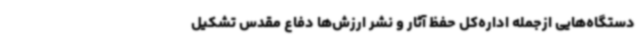
دستگاه‌هایی ازجمله اداره‌کل حفظ آثار و نشر ارزش‌ها دفاع مقدس تشکیل